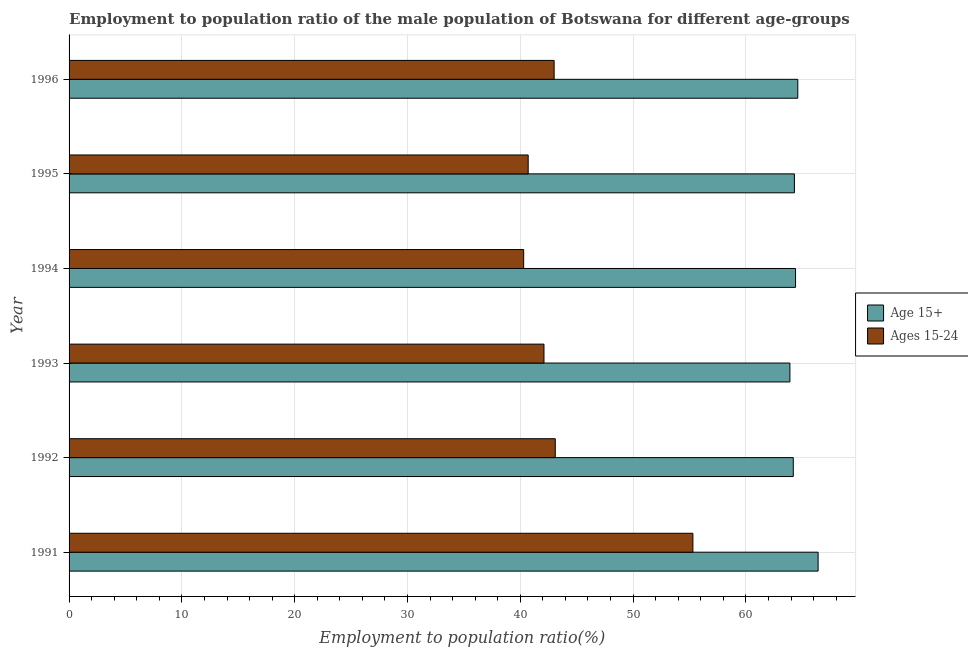
| Year | Age 15+ | Ages 15-24 |
 | --- | --- | --- |
 | 1991 | 66.4 | 55.3 |
 | 1992 | 64.2 | 43.1 |
 | 1993 | 63.9 | 42.1 |
 | 1994 | 64.4 | 40.3 |
 | 1995 | 64.3 | 40.7 |
 | 1996 | 64.6 | 43 |